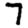
Digit: 7